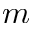
m